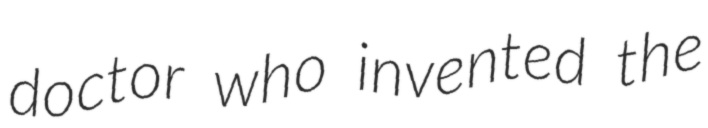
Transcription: doctor who invented the